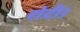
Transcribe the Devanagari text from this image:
रोटी।